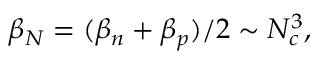
\beta _ { N } = ( \beta _ { n } + \beta _ { p } ) / 2 \sim N _ { c } ^ { 3 } ,